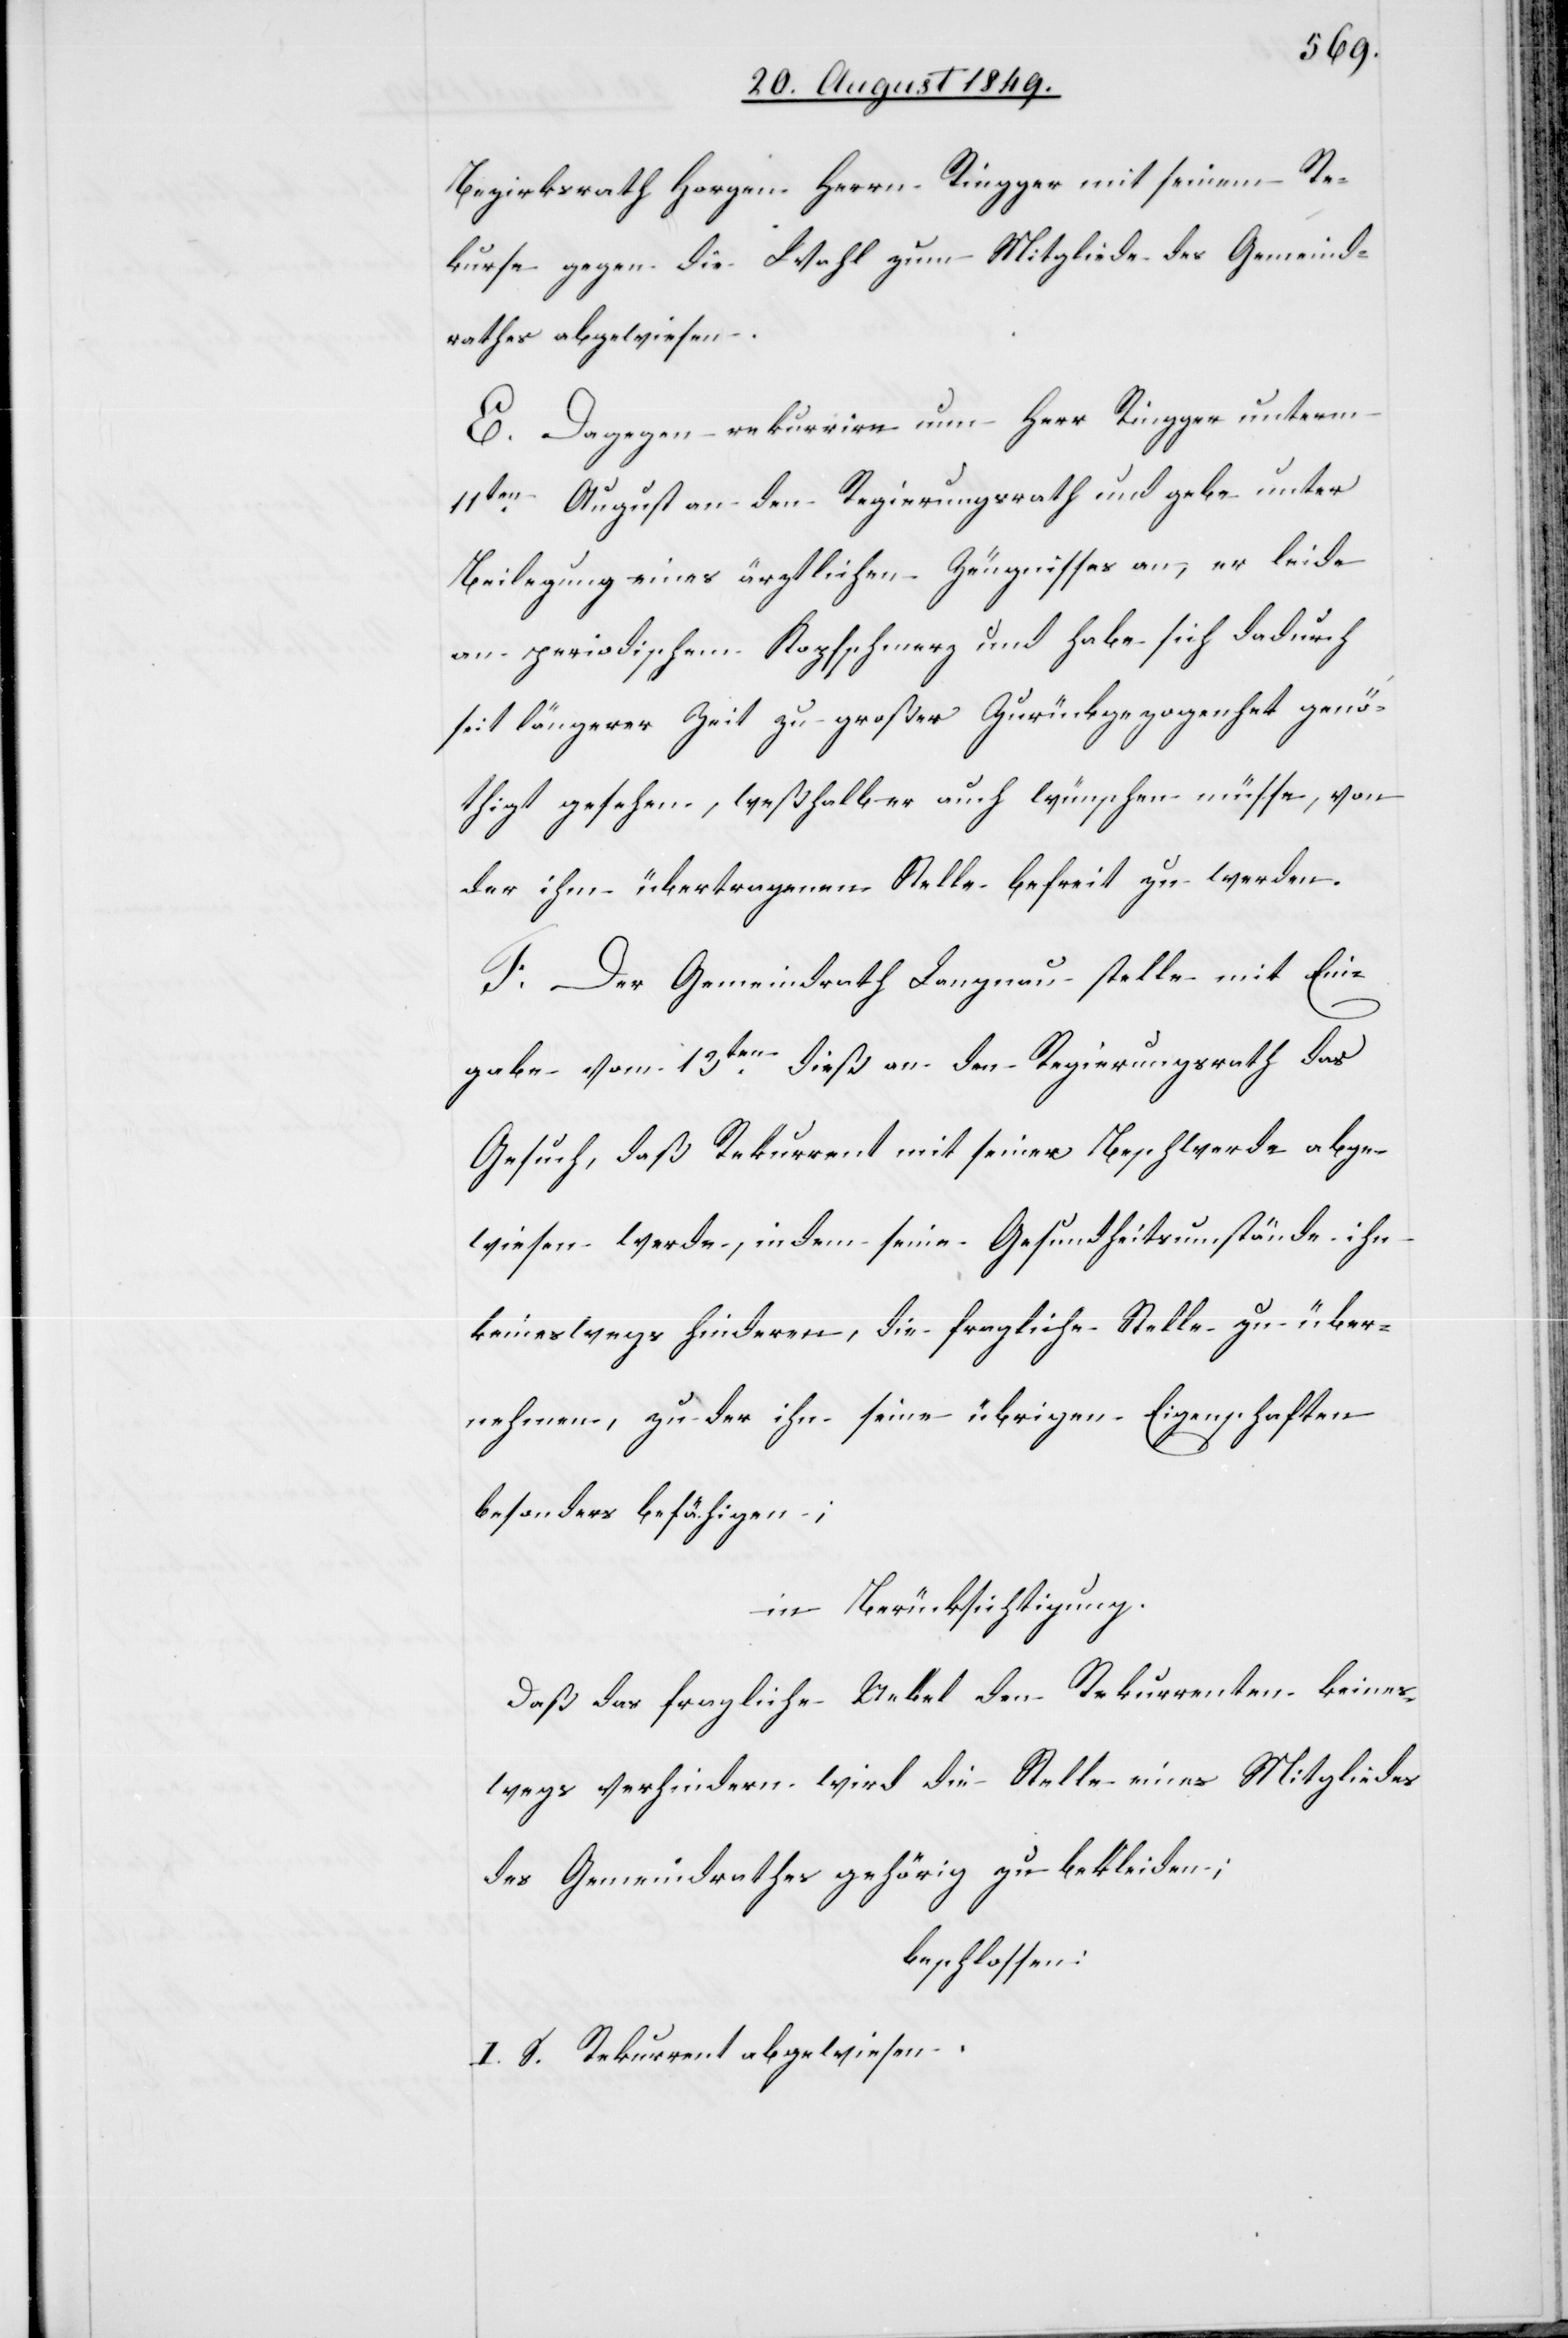
Bezirksrath Horgen Herrn Ringger mit seinem Re¬
kurse gegen die Wahl zum Mitgliede des Gemeind¬
rathes abgewiesen.
E. Dagegen rekurrire nun Herr Ringger unterm
11ten August an den Regierungsrath und gebe unter
Beilegung eines ärztlichen Zeugnisses an, er leide
an periodischem Kopfschmerz und habe sich dadurch
seit längerer Zeit zu großer Zurückgezogenheit genö¬
thigt gesehen, weßhalb er auch wünschen müsse, von
der ihm übertragenen Stelle befreit zu werden.
F. Der Gemeindrath Langnau stelle mit Ein¬
gabe vom 13ten dieß an den Regierungsrath das
Gesuch, daß Rekurrent mit seiner Beschwerde abge¬
wiesen werde, indem seine Gesundheitsumstände ihn
keineswegs hindern, die fragliche Stelle zu über¬
nehmen, zu der ihn seine übrigen Eigenschaften
besonders befähigen;
in Berücksichtigung.
Daß das fragliche Uebel den Rekurrenten keines¬
wegs verhindern wird die Stelle eines Mitgliedes
des Gemeindrathes gehörig zu bekleiden;
beschlossen:
I. S. Rekurrent abgewiesen.